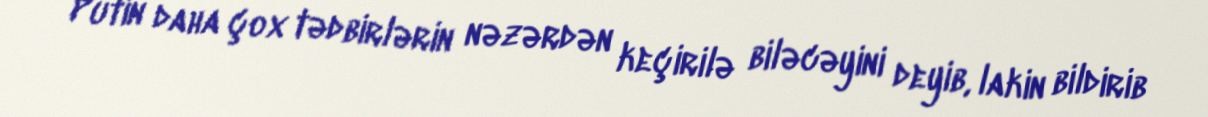
Putin daha çox tədbirlərin nəzərdən keçirilə biləcəyini deyib, lakin bildirib